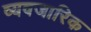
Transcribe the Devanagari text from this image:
व्यवजारिक